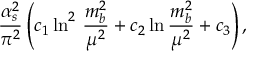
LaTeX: \frac { \alpha _ { s } ^ { 2 } } { \pi ^ { 2 } } \left( c _ { 1 } \ln ^ { 2 } \, \frac { m _ { b } ^ { 2 } } { \mu ^ { 2 } } + c _ { 2 } \ln \frac { m _ { b } ^ { 2 } } { \mu ^ { 2 } } + c _ { 3 } \right) ,